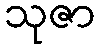
သုဇာ